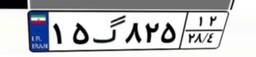
۱۵گ۸۲۵۱۲